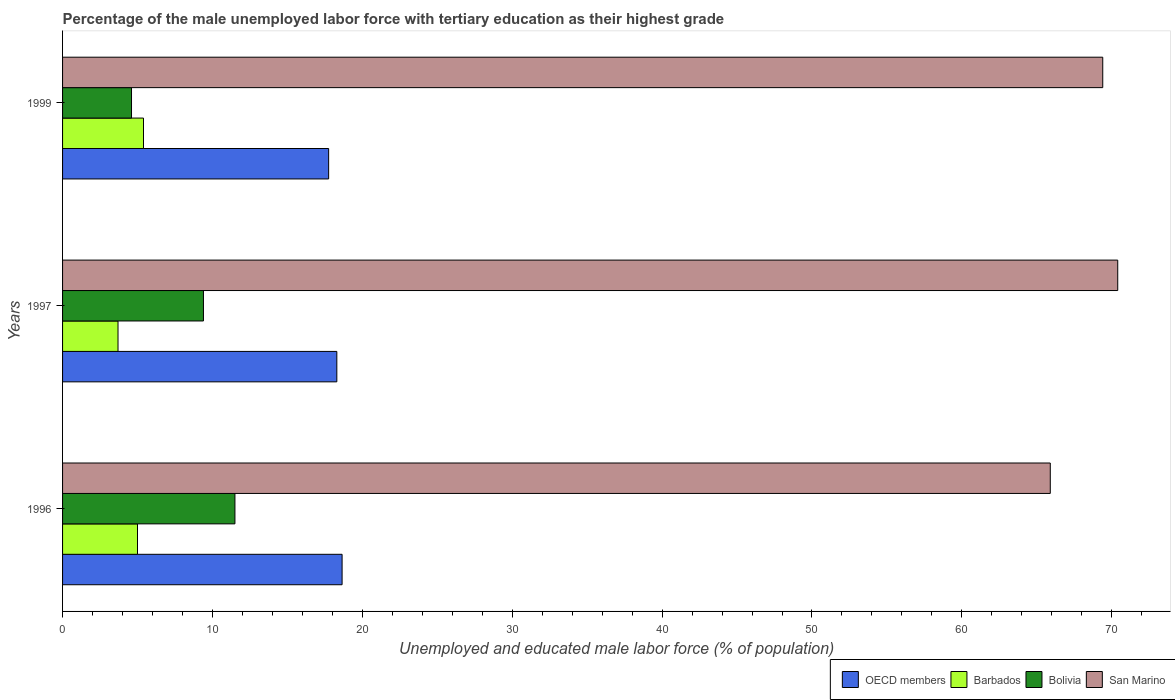
| Years | OECD members | Barbados | Bolivia | San Marino |
 | --- | --- | --- | --- | --- |
 | 1996 | 18.6 | 5 | 11.5 | 65.9 |
 | 1997 | 18.3 | 3.7 | 9.4 | 70.4 |
 | 1999 | 17.8 | 5.4 | 4.6 | 69.4 |